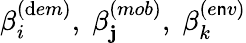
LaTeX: \beta_{i}^{(\mathrm{d}em)},\; \beta_{\mathbf{j}}^{(mob)},\; \beta_{k}^{(e\mathsf{n}v)}